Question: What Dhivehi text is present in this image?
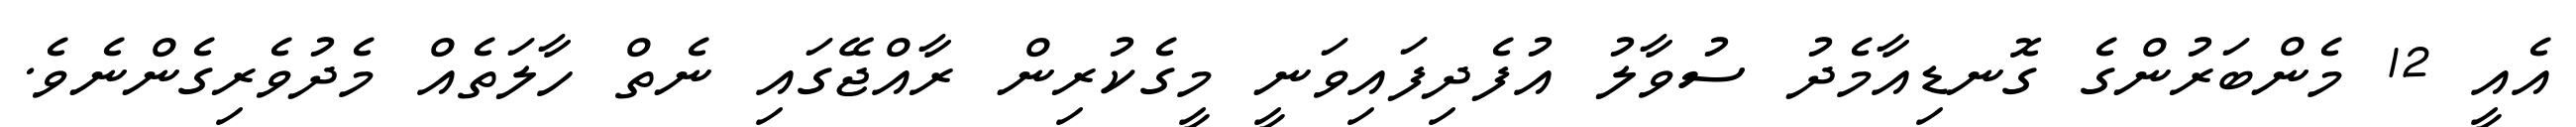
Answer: އެއީ 12 މެންބަރުންގެ ގޮނޑިއާމެދު ސުވާލު އުފެދިފައިވަނީ މީގެކުރިން ރާއްޖޭގައި ނެތް ހާލަތެއް މެދުވެރިގެންނެވެ.